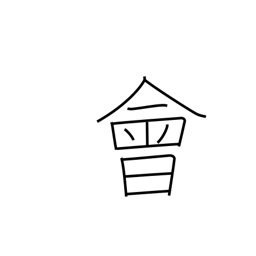
Meaning: interview